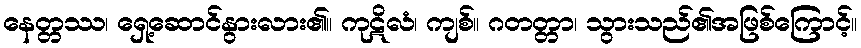
နေတ္တဿ၊ ရှေ့ဆောင်နွားလား၏။ ကုဋိလံ၊ ကျစ်။ ဂတတ္တာ၊ သွားသည်၏အဖြစ်ကြောင့်။